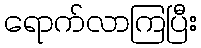
ရောက်လာကြပြီး